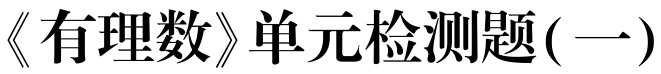
《有理数》单元检测题(一)